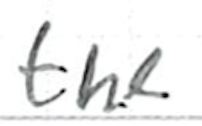
Text: the
Cross-out: clean
Writing tool: ballpoint